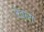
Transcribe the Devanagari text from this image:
देवारा